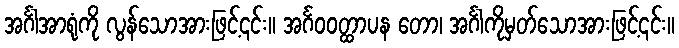
အင်္ဂါအာရုံကို လွန်သောအားဖြင့်၎င်း။ အင်္ဂဝဝတ္ထာပန တော၊ အင်္ဂါကိုမှတ်သောအားဖြင့်၎င်း။